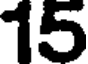
15